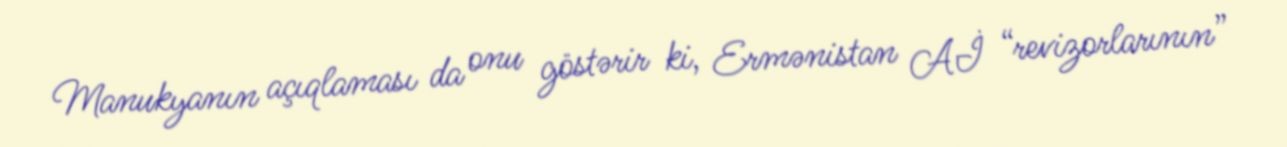
Manukyanın açıqlaması da onu göstərir ki, Ermənistan Aİ “revizorlarının”